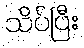
သိပ်ပြီး